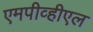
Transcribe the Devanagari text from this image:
एमपीव्हीएल